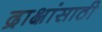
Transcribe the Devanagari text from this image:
द्राक्षांसाठी